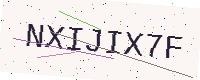
Text: NXIJIX7F